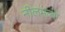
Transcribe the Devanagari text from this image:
नीलमत्था